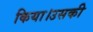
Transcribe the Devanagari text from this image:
किया।उसकी